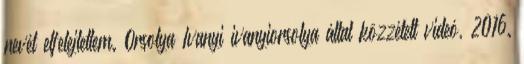
nevét elfelejtettem. Orsolya Ivanyi ivanyiorsolya által közzétett videó, 2016.